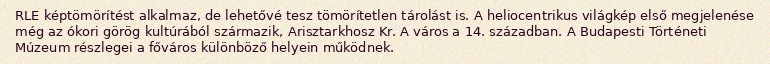
RLE képtömörítést alkalmaz, de lehetővé tesz tömörítetlen tárolást is. A heliocentrikus világkép első megjelenése még az ókori görög kultúrából származik, Arisztarkhosz Kr. A város a 14. században. A Budapesti Történeti Múzeum részlegei a főváros különböző helyein működnek.